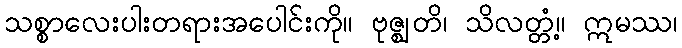
သစ္စာလေးပါးတရားအပေါင်းကို။ ဗုဇ္ဈတိ၊ သိလတ္တံ့။ ဣမဿ၊